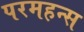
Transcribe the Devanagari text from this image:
परमहन्स